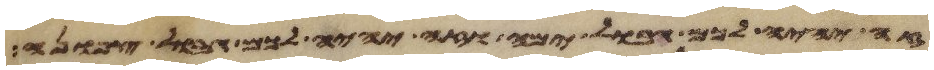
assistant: זה יהיה לכם גבול ימה וזה יהיה לכם גבול צפונה